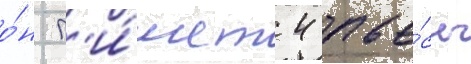
о́н п'и́шет 4 пье́сы